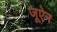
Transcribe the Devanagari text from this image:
जूऐन